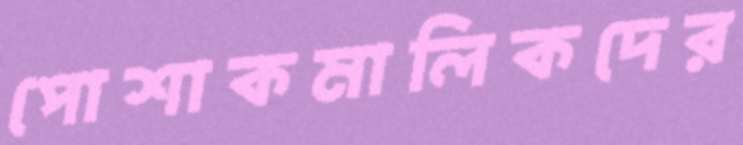
পোশাকমালিকদের